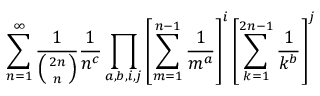
\sum _ { n = 1 } ^ { \infty } \frac { 1 } { \left( 2 n \atop n \right) } \frac { 1 } { n ^ { c } } \prod _ { a , b , i , j } \left[ \sum _ { m = 1 } ^ { n - 1 } \frac { 1 } { m ^ { a } } \right] ^ { i } \left[ \sum _ { k = 1 } ^ { 2 n - 1 } \frac { 1 } { k ^ { b } } \right] ^ { j }